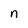
Character: n